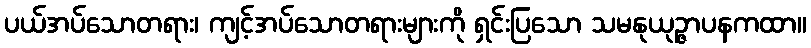
ပယ်အပ်သောတရား၊ ကျင့်အပ်သောတရားများကို ရှင်းပြသော သမနုယုဉ္ဇာပနကထာ။